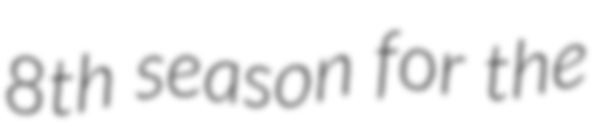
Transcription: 8th season for the